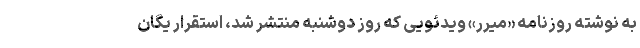
به نوشته روزنامه «میرر» ویدئویی که روز دوشنبه منتشر شد، استقرار یگان